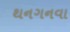
થનગનવા